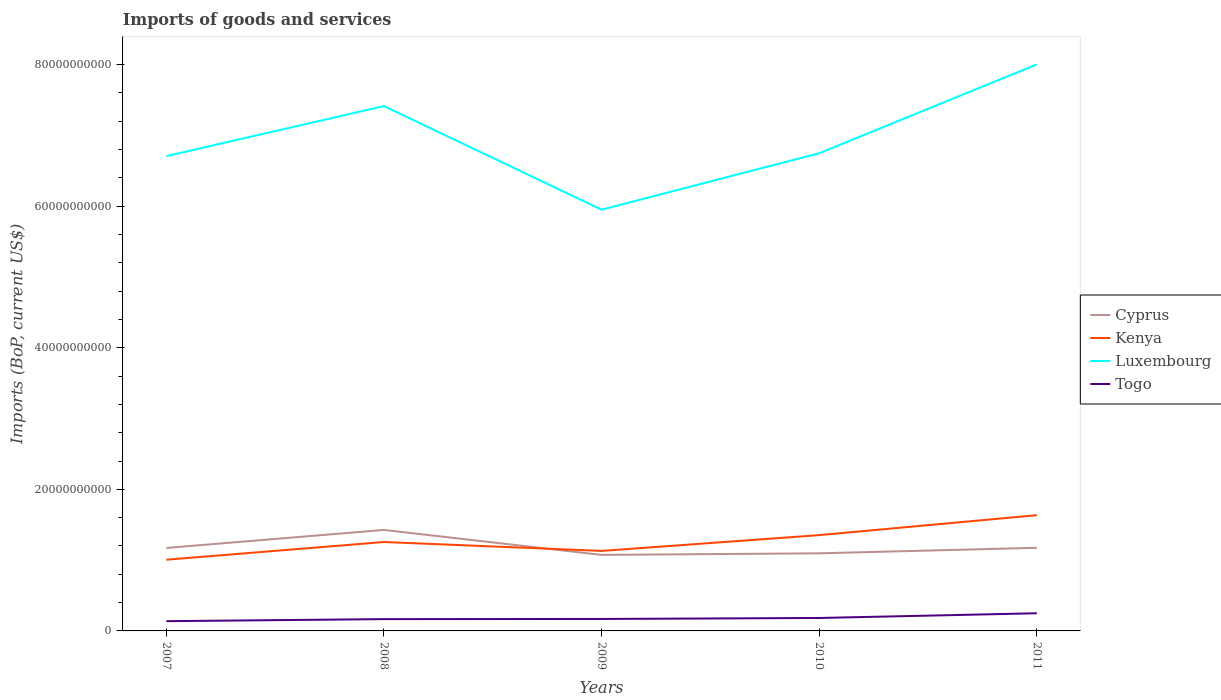
| Years | Cyprus | Kenya | Luxembourg | Togo |
 | --- | --- | --- | --- | --- |
 | 2007 | 1.17e+10 | 1.01e+10 | 6.71e+10 | 1.38e+09 |
 | 2008 | 1.43e+10 | 1.26e+10 | 7.41e+10 | 1.67e+09 |
 | 2009 | 1.07e+10 | 1.13e+10 | 5.95e+10 | 1.69e+09 |
 | 2010 | 1.1e+10 | 1.35e+10 | 6.75e+10 | 1.83e+09 |
 | 2011 | 1.17e+10 | 1.63e+10 | 8e+10 | 2.49e+09 |